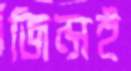
জিন্সই